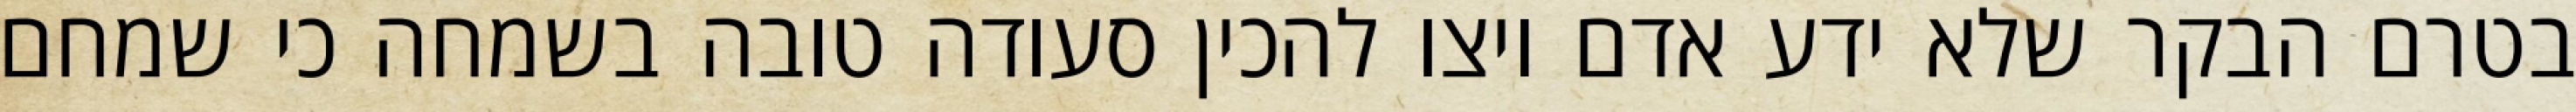
בטרם הבקר שלא ידע אדם ויצו להכין סעודה טובה בשמחה כי שמחם